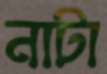
নাটা